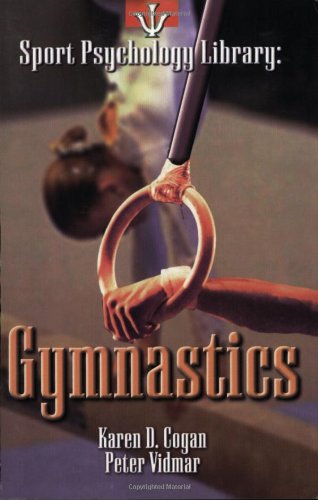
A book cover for Sport Psychology Library: Gymnastics; Karen D. Cogan; Sports & Outdoors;